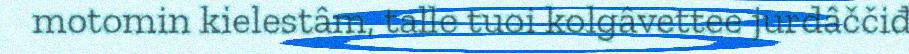
motomin kielestâm, talle tuoi kolgâvettee jurdâččiđ